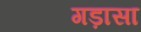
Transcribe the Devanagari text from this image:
गड़ासा